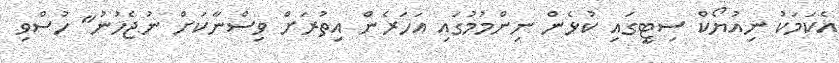
އެކަމަކު ނިއުޔޯކް ސިޓީގައި ކުޅެން ނިންމުމުގައި އަހަރެން އިތުރަށް ވިސްނާކަށް ނުޖެހުނު" ހުސްވި